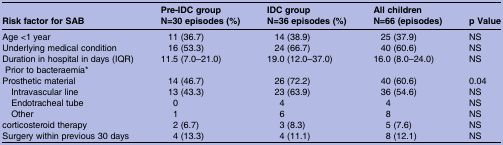
<table><thead><tr><td><b>Risk factor for SAB</b></td><td><b>Pre-IDC groupN=30 episodes (%)</b></td><td><b>IDC groupN=36 episodes (%)</b></td><td><b>All childrenN=66 (episodes)</b></td><td><b>p Value</b></td></tr></thead><tbody><tr><td>Age &lt;1 year</td><td>11 (36.7)</td><td>14 (38.9)</td><td>25 (37.9)</td><td>NS</td></tr><tr><td>Underlying medical condition</td><td>16 (53.3)</td><td>24 (66.7)</td><td>40 (60.6)</td><td>NS</td></tr><tr><td>Duration in hospital in days (IQR) Prior to bacteraemia*</td><td>11.5 (7.0–21.0)</td><td>19.0 (12.0–37.0)</td><td>16.0 (8.0–24.0)</td><td>NS</td></tr><tr><td>Prosthetic material</td><td>14 (46.7)</td><td>26 (72.2)</td><td>40 (60.6)</td><td>0.04</td></tr><tr><td> Intravascular line</td><td>13 (43.3)</td><td>23 (63.9)</td><td>36 (54.6)</td><td>NS</td></tr><tr><td> Endotracheal tube</td><td>0</td><td>4</td><td>4</td><td>NS</td></tr><tr><td> Other</td><td>1</td><td>6</td><td>8</td><td>NS</td></tr><tr><td>corticosteroid therapy</td><td>2 (6.7)</td><td>3 (8.3)</td><td>5 (7.6)</td><td>NS</td></tr><tr><td>Surgery within previous 30 days</td><td>4 (13.3)</td><td>4 (11.1)</td><td>8 (12.1)</td><td>NS</td></tr></tbody></table>